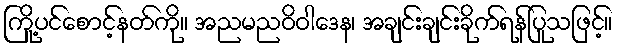
ကြို့ပင်စောင့်နတ်ကို။ အညမညဝိဝါဒေန၊ အချင်းချင်းခိုက်ရန်ပြုသဖြင့်။